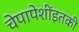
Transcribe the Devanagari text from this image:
चेपापेशींइतकी